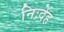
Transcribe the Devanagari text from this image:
निःदेह